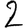
Digit: 2